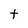
Character: t